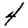
Digit: 4